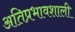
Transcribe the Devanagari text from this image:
अतिप्रभावशाली